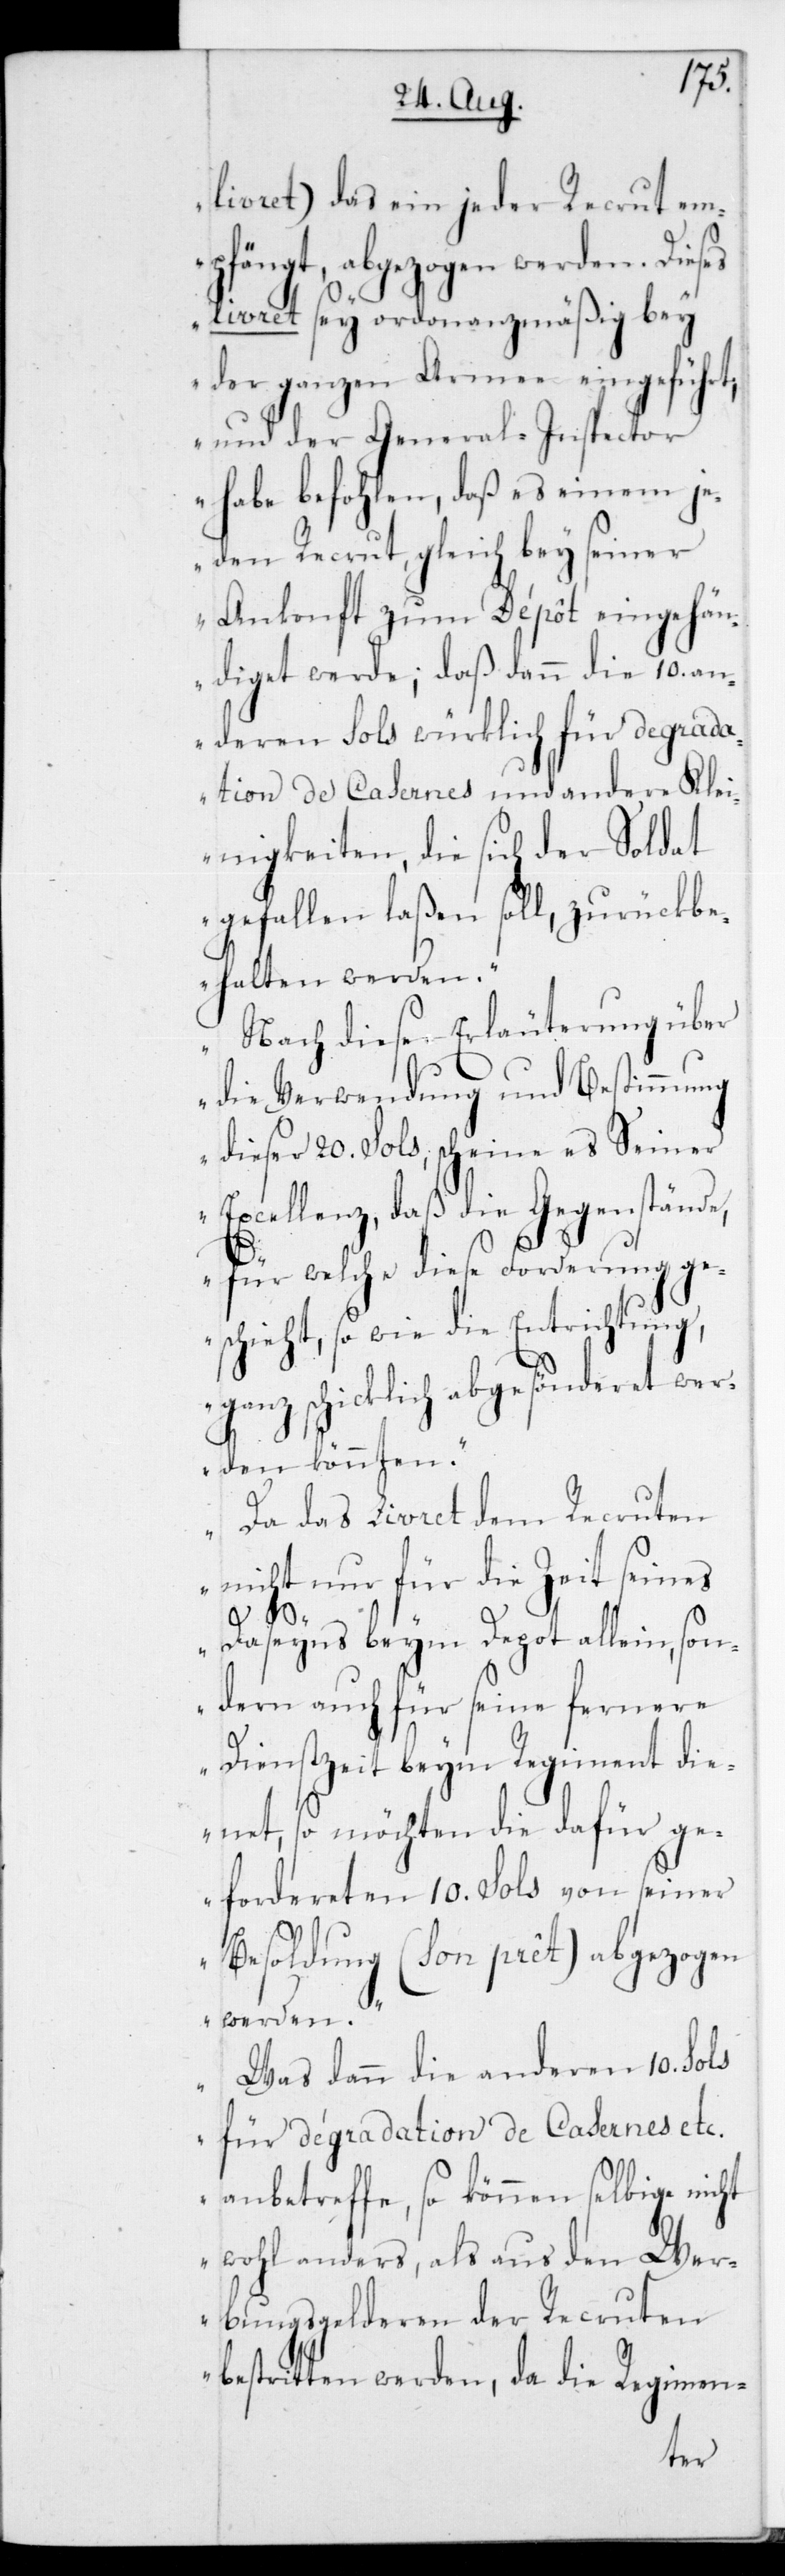
livret) das ein jeder Recrut em¬
pfängt, abgezogen werden. Dies¬
es livret sey ordonnanzmäßig bey
der ganzen Armee eingeführt;
und der General-Inspector
habe befohlen, daß es einem je¬
den Recrut, gleich bey seiner
Ankonft zum Dépôt eingehän¬
diget werde; daß dann die 10 an¬
deren Sols würklich für degrad¬
ation de Casernes und andere Klei¬
nigkeiten, die sich der Soldat
gefallen laßen soll, zurückbe¬
halten werden.
Nach dieser Erläuterung über
die Verwendung und Bestimmung
dieser 20 Sols scheine es Seiner
Excellenz, daß die Gegenstände,
für welche diese Forderung ge¬
schieht, sowie die Entrichtung,
ganz schicklich abgesönderet wer¬
den könnten.
Da das Livret dem Recruten
b¬
nicht nur für die Zeit seines
Daseyns beym Depot allein, son¬
dern auch für seine fernere
Dienstzeit beym Regiment die¬
net, so möchten die dafür ge¬
fordereten 10 Sols von seiner
Besoldung (son prêt) abgezogen
werden.
Was dann die anderen 10 Sols
für dégradation de Casernes etc.
anbetreffe, so können selbige nicht
wohl anders, als aus den Wer¬
bungsgelderen der Recruten
estritten werden, da die Regimen-